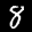
Label: 8